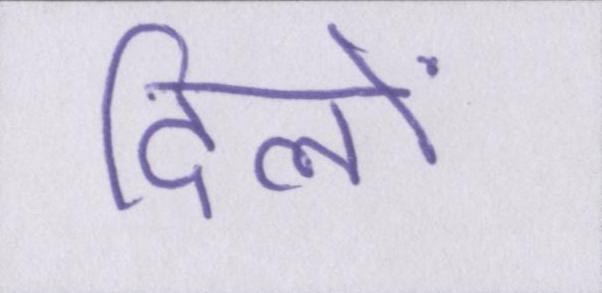
दिलों